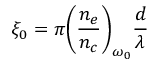
\xi _ { 0 } = \pi \bigg ( \frac { n _ { e } } { n _ { c } } \bigg ) _ { \omega _ { 0 } } \frac { d } { \lambda }